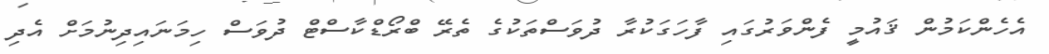
އެހެންކަމުން ޤައުމީ ފެންވަރުގައި ފާހަގަކުރާ ދުވަސްތަކުގެ ތެރޭ ބްރޯޑްކާސްޓް ދުވަސް ހިމަނައިދިނުމަށް އެދި